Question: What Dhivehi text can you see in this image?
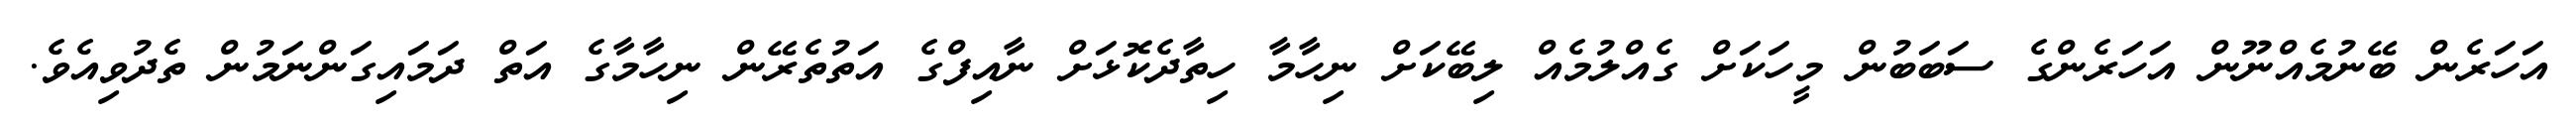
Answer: އަހަރެން ބޭނުމެއްނޫން އަހަރެންގެ ސަބަބުން މީހަކަށް ގެއްލުމެއް ލިބޭކަށް ނިހާމާ ހިތާދެކޮޅަށް ނާއިފްގެ އަތުތެރޭން ނިހާމާގެ އަތް ދަމައިގަންނަމުން ތެދުވިއެވެ.